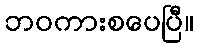
ဘဝကားစပေပြီ။